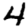
Digit: 4